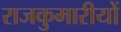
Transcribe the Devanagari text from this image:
राजकुमारीयों